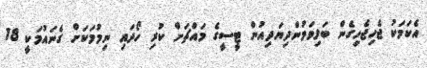
އެކަމަކު ޖެހިޖެހިގެން ބަލިވަމުންދިޔަދިއުން ޓީސީގެ މައްޗަށް ކުރި ހޯދައި ނިމުމަކަށް ގެނައުމަކީ 18